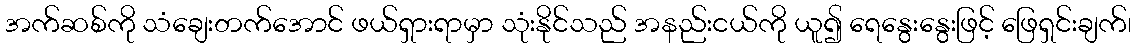
အက်ဆစ်ကို သံချေးတက်အောင် ဖယ်ရှားရာမှာ သုံးနိုင်သည် အနည်းငယ်ကို ယူ၍ ရေနွေးနွေးဖြင့် ဖြေရှင်းချက်၊